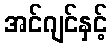
အင်ဂျင်နှင့်